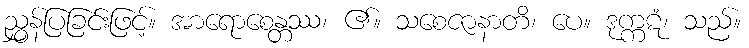
ညွှန်ပြခြင်းဖြင့်။ အာရောစေန္တဿ၊ ၏။ သစေဇာနာတိ၊ ပေ။ ဒုက္ကဋံ၊ သည်။